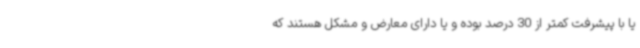
یا با پیشرفت کمتر از 30 درصد بوده و یا دارای معارض و مشکل هستند که